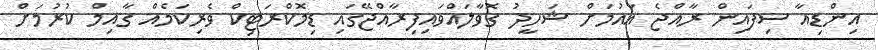
އިންޑިއާ ސިފައިން ރާއްޖެ އައުމަށް ޝަހީދު ގޮވާލައްވައިފިރާއްޖޭގައި ޑިމޮކްރަޓިކް ވެރިކަމެއް ގާއިމް ކުރުމަށް